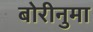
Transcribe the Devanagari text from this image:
बोरीनुमा